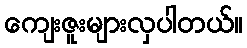
ကျေးဇူးများလှပါတယ်။